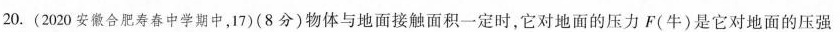
20.(2020安徽合肥寿春中学期中，17)(8分)物体与地面接触面积一定时，它对地面的压力F(牛)是它对地面的压强